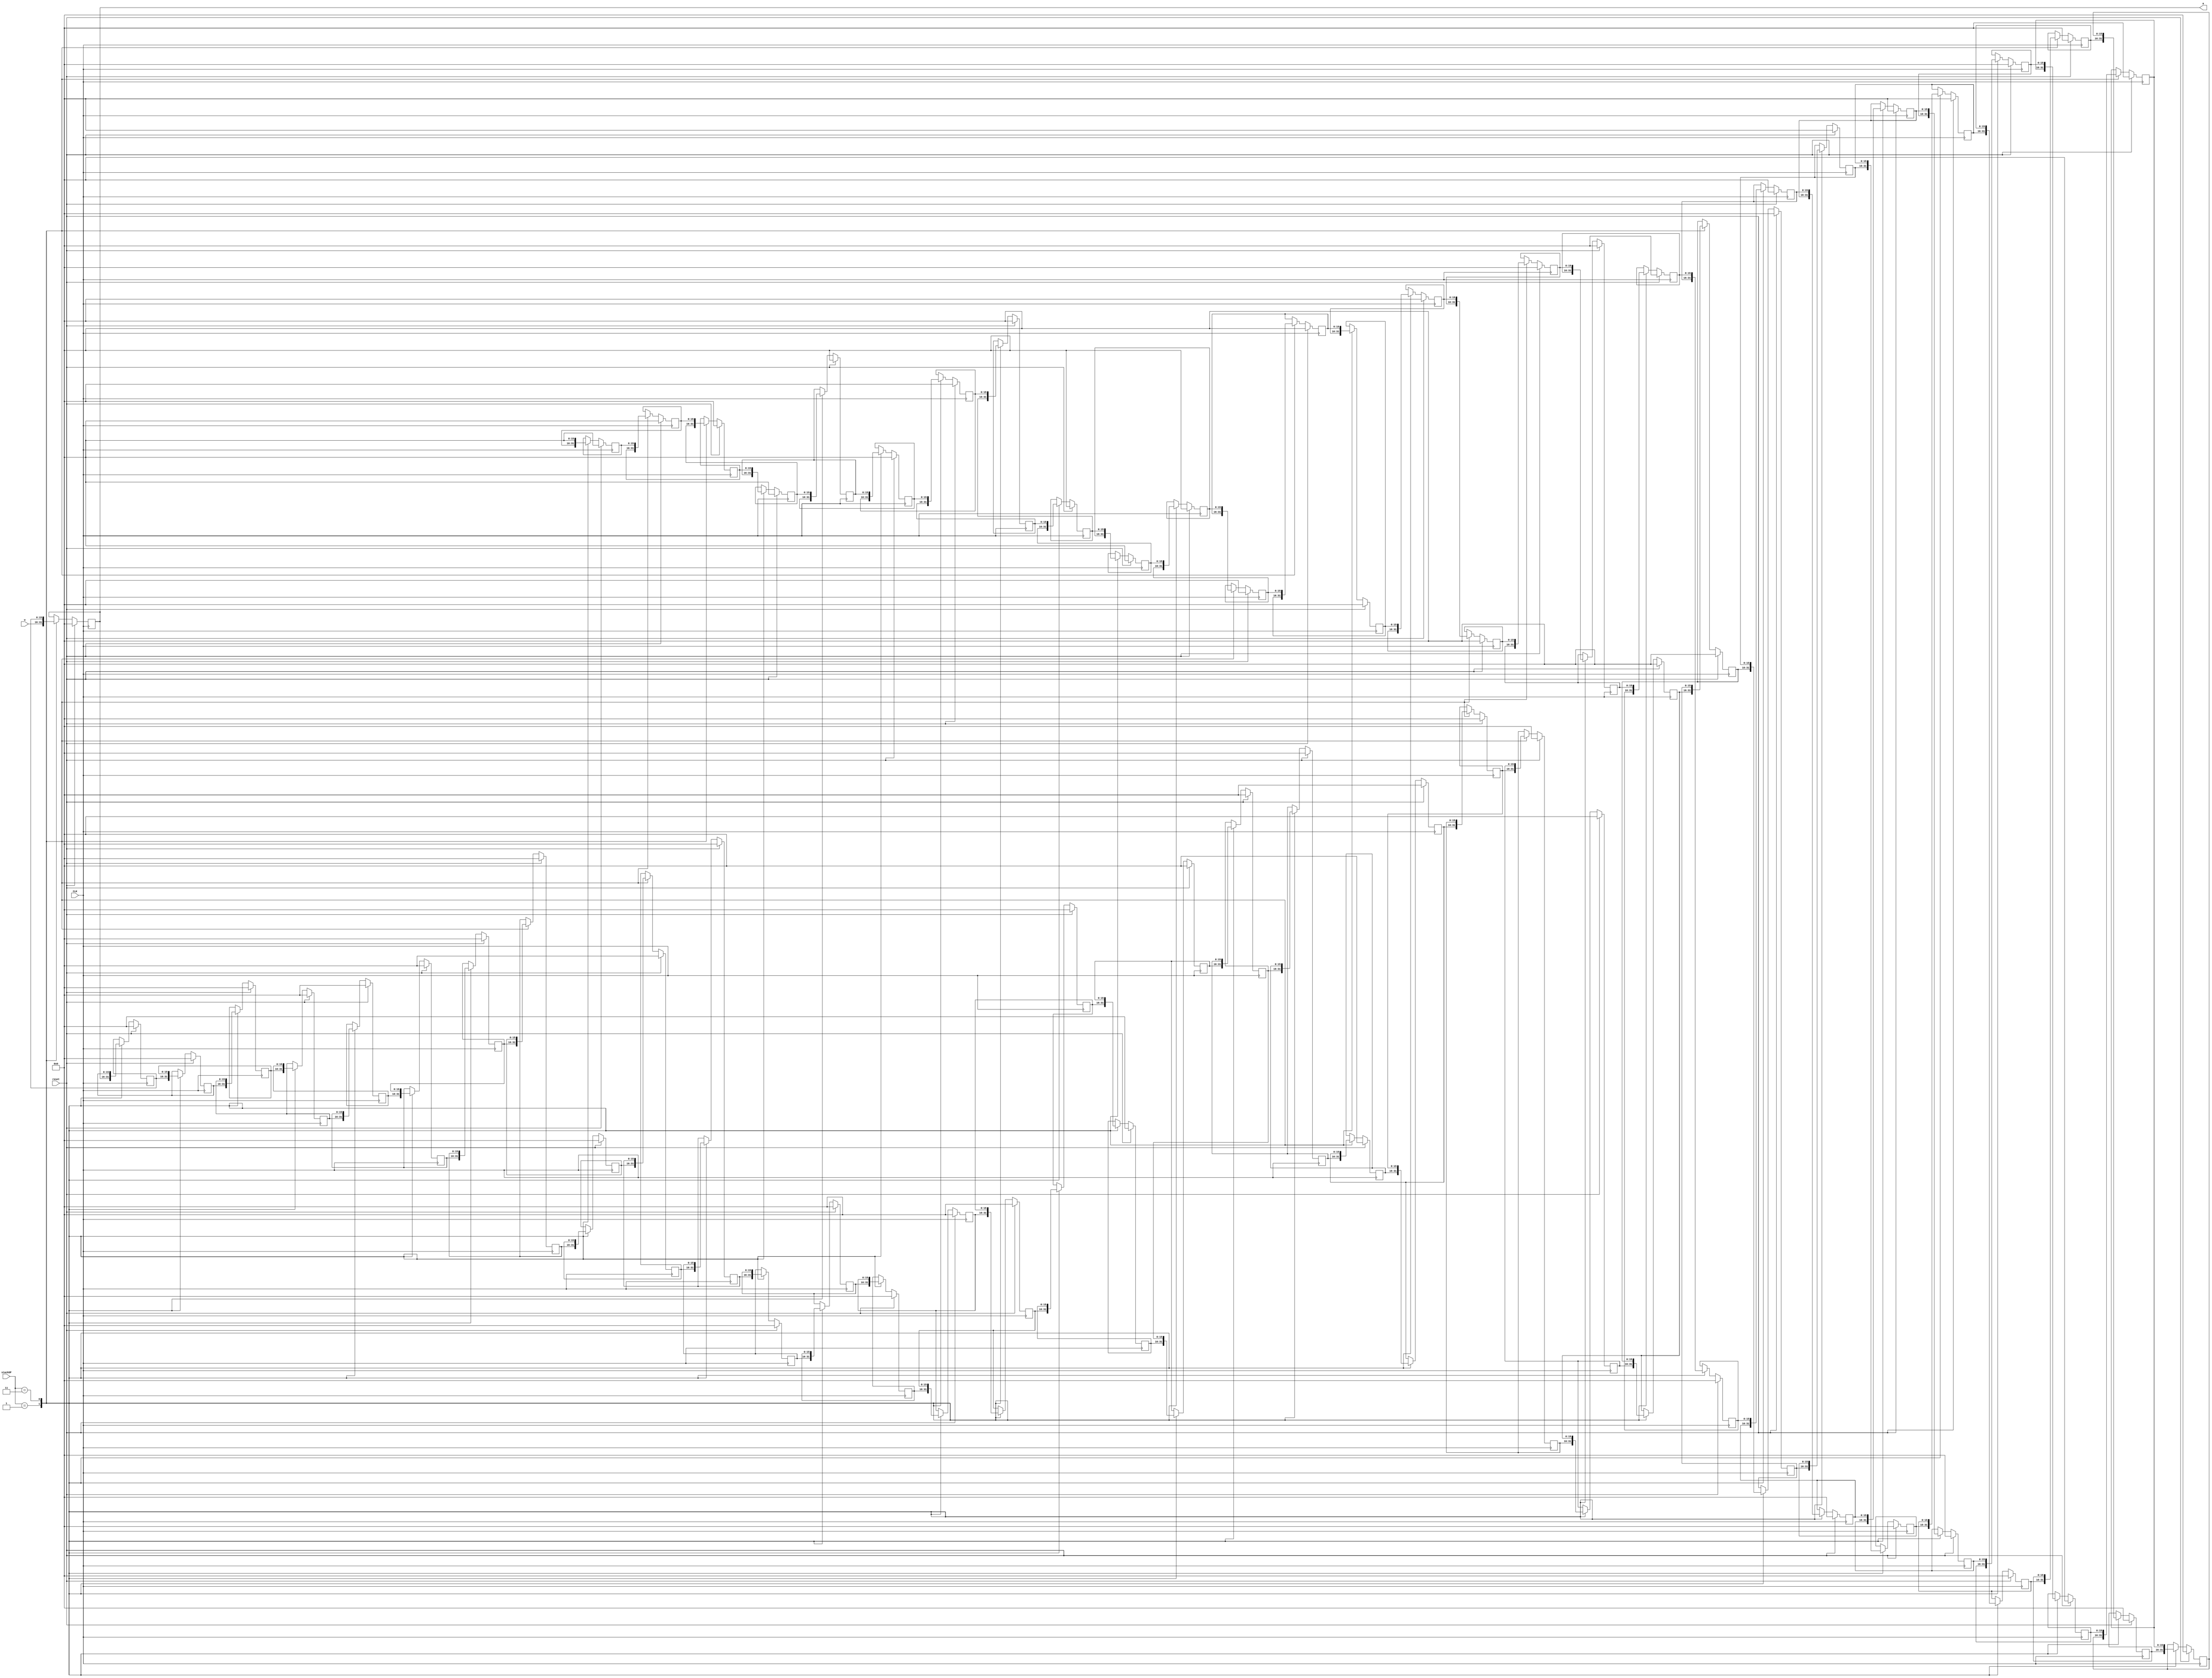
`timescale 1ns / 1ps


// This component takes in write data and a stack operation.
// On the negative edge of the clock the stack does the operation
// which may or may not use w. If reset is ever high on the negative
// edge then every entry on the stack is set to zero. The stack
// outputs one 16 bit value which is the top of the stack. This component
// is very similar to the register_stack just limited in stack ops and 
// with only 1 output.

module return_stack(a, stackOP, w, reset, CLK);
	output [15:0] a;
	input [1:0] stackOP;
   input [15:0] w;
	input reset;
   input CLK;
	 
	localparam stackSize = 64;
	 
	reg [15:0] stack [stackSize-1:0];
	 
	integer i;

	assign a = stack[0];
	
	always @ (negedge CLK) begin
		case(stackOP)
			1: begin // push
				for(i = stackSize - 1; i > 0; i = i - 1)
					stack[i] <= stack[i-1];
				stack[0] <= w;
			end
			
			3: begin // pop
				for(i = 0; i < stackSize - 1; i = i + 1)
					stack[i] <= stack[i+1];
				stack[stackSize - 1] <= 0;
			end
			default: begin end
		endcase
		
		if (reset == 1)
			for (i = 0; i < stackSize; i = i + 1)
				stack[i] <= 0;
	end
endmodule